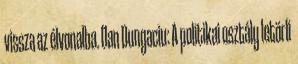
vissza az élvonalba. Dan Dungaciu: A politikai osztály letörli